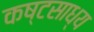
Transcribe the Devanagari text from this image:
कष्‍टसाध्‍य